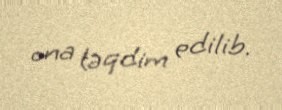
ona təqdim edilib.